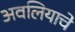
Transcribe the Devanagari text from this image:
अवलियाचे